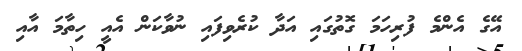
އޭގެ އެންމެ ފުރިހަމަ ގޮތުގައި އަދާ ކުރެވިފައި ނުވާކަން އެއީ ހިތާމަ އާއި